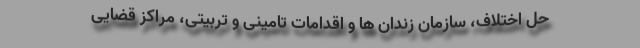
حل اختلاف، سازمان زندان ها و اقدامات تامینی و تربیتی، مراکز قضایی